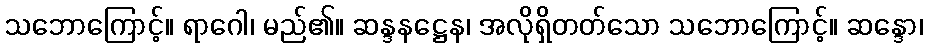
သဘောကြောင့်။ ရာဂေါ၊ မည်၏။ ဆန္ဒနဋ္ဌေန၊ အလိုရှိတတ်သော သဘောကြောင့်။ ဆန္ဒော၊